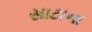
સાટાના